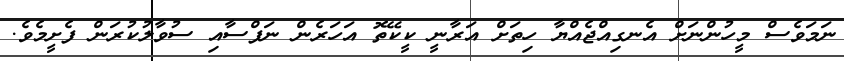
ނަމަވެސް މީހުންނަށް އެނގިއްޖެއްޔާ ހިތަށް އަރާނީ ކީކޭތޮ އަހަރެން ނަފްސާއި ސުވާލުކުރަން ފެށީމެވެ.